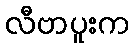
လီဗာပူးက